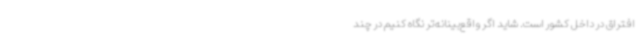
افتراق در داخل کشور است. شاید اگر واقع‌بینانه‌تر نگاه کنیم در چند